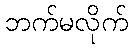
ဘက်မလိုက်